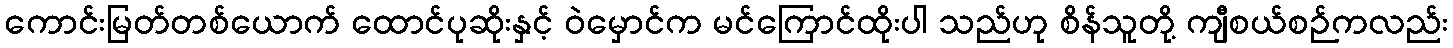
ကောင်းမြတ်တစ်ယောက် ထောင်ပုဆိုးနှင့် ဝဲမှောင်က မင်ကြောင်ထိုးပါ သည်ဟု စိန်သူတို့ ကျီစယ်စဉ်ကလည်း